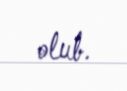
olub.